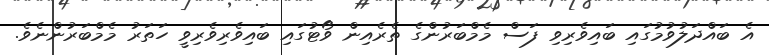
އެ ބައްދަލުވުމުގައި ބައިވެރިވި ފަސް މެމްބަރުންގެ ތެރެއިން ވޯޓުގައި ބައިވެރިވެރިވީ ހަތަރު މެމްބަރުންނެވެ.